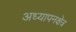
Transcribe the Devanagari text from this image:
अध्यापनक्षेत्र